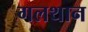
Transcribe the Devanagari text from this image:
गलथान